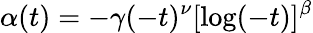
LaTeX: \alpha(t)=-\gamma(-t)^{\nu}[\log(-t)]^{\beta}